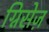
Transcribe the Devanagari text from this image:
ग्निसेज़